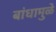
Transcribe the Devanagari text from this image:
बांधामुळे